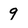
Character: 9